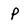
Character: P